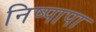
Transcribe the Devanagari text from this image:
निष्पापा